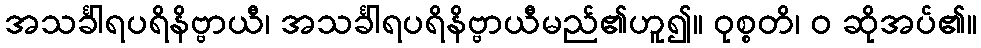
အသင်္ခါရပရိနိဗ္ဗာယီ၊ အသင်္ခါရပရိနိဗ္ဗာယီမည်၏ဟူ၍။ ဝုစ္စတိ၊ ဝ ဆိုအပ်၏။